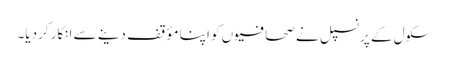
سکول کے پرنسپل نے صحافیوں کو اپنا مؤقف دینے سے انکار کردیا۔